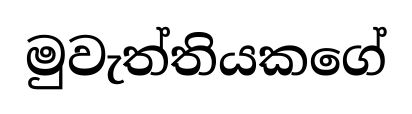
මුවැත්තියකගේ